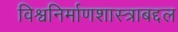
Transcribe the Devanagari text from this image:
विश्वनिर्माणशास्त्राबद्दल